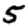
Digit: 5